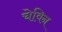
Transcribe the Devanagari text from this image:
चेविन